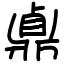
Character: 鼑